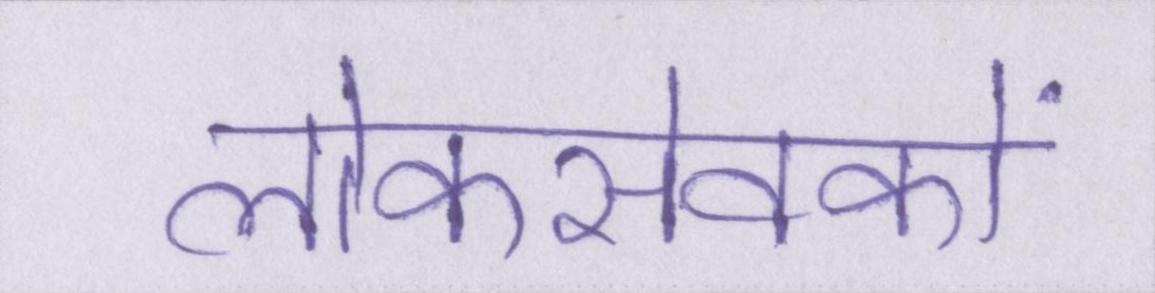
लोकसेवकों